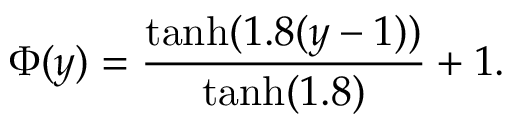
\Phi ( y ) = \frac { \mathrm { t a n h } ( 1 . 8 ( y - 1 ) ) } { \mathrm { t a n h } ( 1 . 8 ) } + 1 .